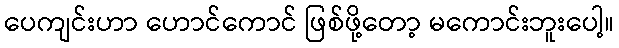
ပေကျင်းဟာ ဟောင်ကောင် ဖြစ်ဖို့တော့ မကောင်းဘူးပေါ့။